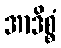
အာဒိစ္စံ